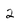
Character: 2